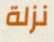
نزلة